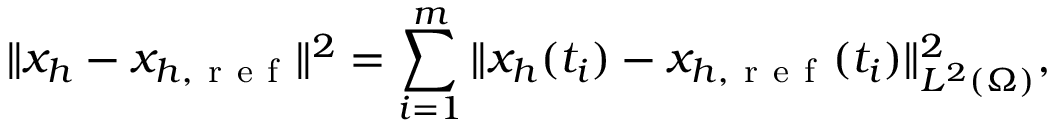
\Vert x _ { h } - x _ { h , \mathrm { ~ r ~ e ~ f ~ } } \Vert ^ { 2 } = \sum _ { i = 1 } ^ { m } \Vert x _ { h } ( t _ { i } ) - x _ { h , \mathrm { ~ r ~ e ~ f ~ } } ( t _ { i } ) \Vert _ { L ^ { 2 } ( \Omega ) } ^ { 2 } ,